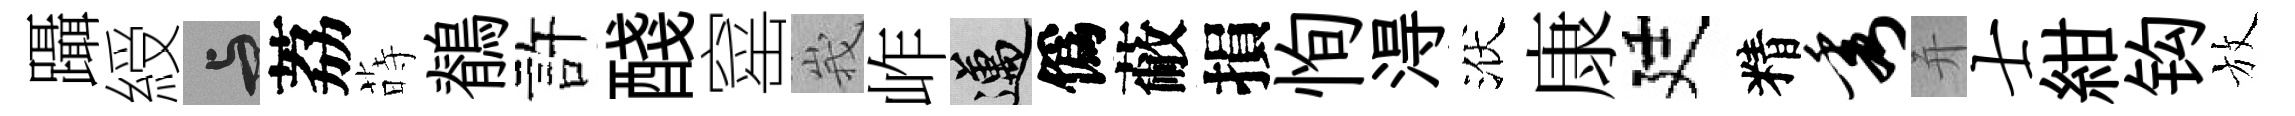
躡綬与荔蒔鶺許醆窰峩岞邁僞蔽損恂淂洑康廷精秀并士紺钩放